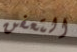
التعفن